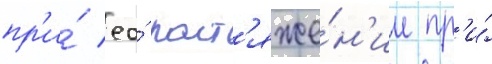
пр'и́ ео́ раст'яже́н'ии пр'и́